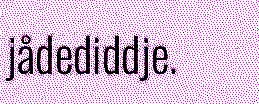
jådediddje.